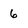
Character: 6